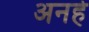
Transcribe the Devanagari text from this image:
अनहे